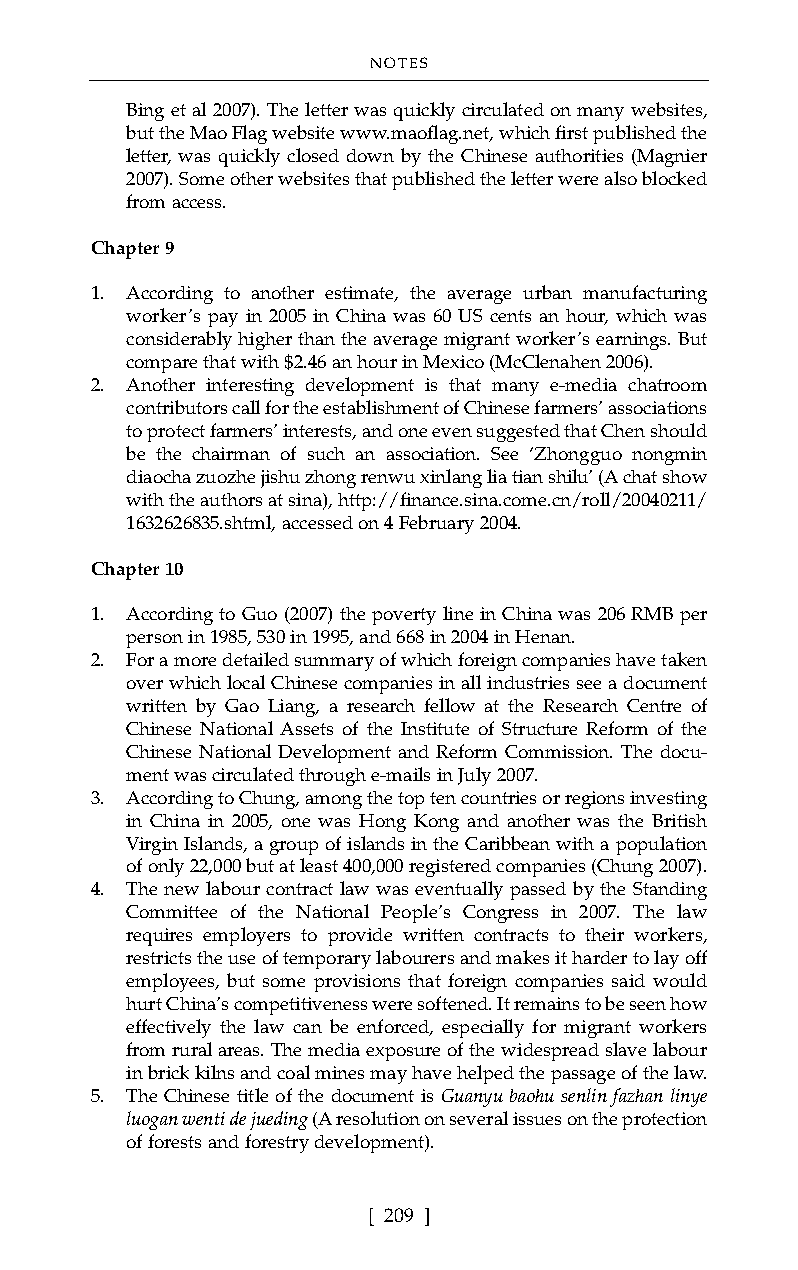
NOTES
 Bing et al 2007). The letter was quickly circulated on many websites,
 but the Mao Flag website www.maoflag.net, which first published the
 letter, was quickly closed down by the Chinese authorities (Magnier
 2007). Some other websites that published the letter were also blocked
 from access.
 Chapter 9
 1. According to another estimate, the average urban manufacturing
 worker’s pay in 2005 in China was 60 US cents an hour, which was
 considerably higher than the average migrant worker’s earnings. But
 compare that with $2.46 an hour in Mexico (McClenahen 2006).
 2. Another interesting development is that many e-media chatroom
 contributors call for the establishment of Chinese farmers’ associations
 to protect farmers’ interests, and one even suggested that Chen should
 be the chairman of such an association. See ‘Zhongguo nongmin
 diaocha zuozhe jishu zhong renwu xinlang lia tian shilu’(A chat show
 with the authors at sina), http://finance.sina.come.cn/roll/20040211/
 1632626835.shtml, accessed on 4 February 2004.
 Chapter 10
 1. According to Guo (2007) the poverty line in China was 206 RMB per
 person in 1985, 530 in 1995, and 668 in 2004 in Henan.
 2. For a more detailed summary of which foreign companies have taken
 over which local Chinese companies in all industries see a document
 written by Gao Liang, a research fellow at the Research Centre of
 Chinese National Assets of the Institute of Structure Reform of the
 Chinese National Development and Reform Commission. The docu-
 ment was circulated through e-mails in July 2007.
 3. According to Chung, among the top ten countries or regions investing
 in China in 2005, one was Hong Kong and another was the British
 Virgin Islands, a group of islands in the Caribbean with a population
 of only 22,000 but at least 400,000 registered companies (Chung 2007).
 4. The new labour contract law was eventually passed by the Standing
 Committee of the National People’s Congress in 2007. The law
 requires employers to provide written contracts to their workers,
 restricts the use of temporary labourers and makes it harder to lay off
 employees, but some provisions that foreign companies said would
 hurt China’s competitiveness were softened. It remains to be seen how
 effectively the law can be enforced, especially for migrant workers
 from rural areas. The media exposure of the widespread slave labour
 in brick kilns and coal mines may have helped the passage of the law.
 5. The Chinese title of the document is Guanyu baohu senlin fazhan linye
 luogan wenti de jueding (A resolution on several issues on the protection
 of forests and forestry development).
 [ 209 ]